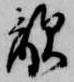
敵